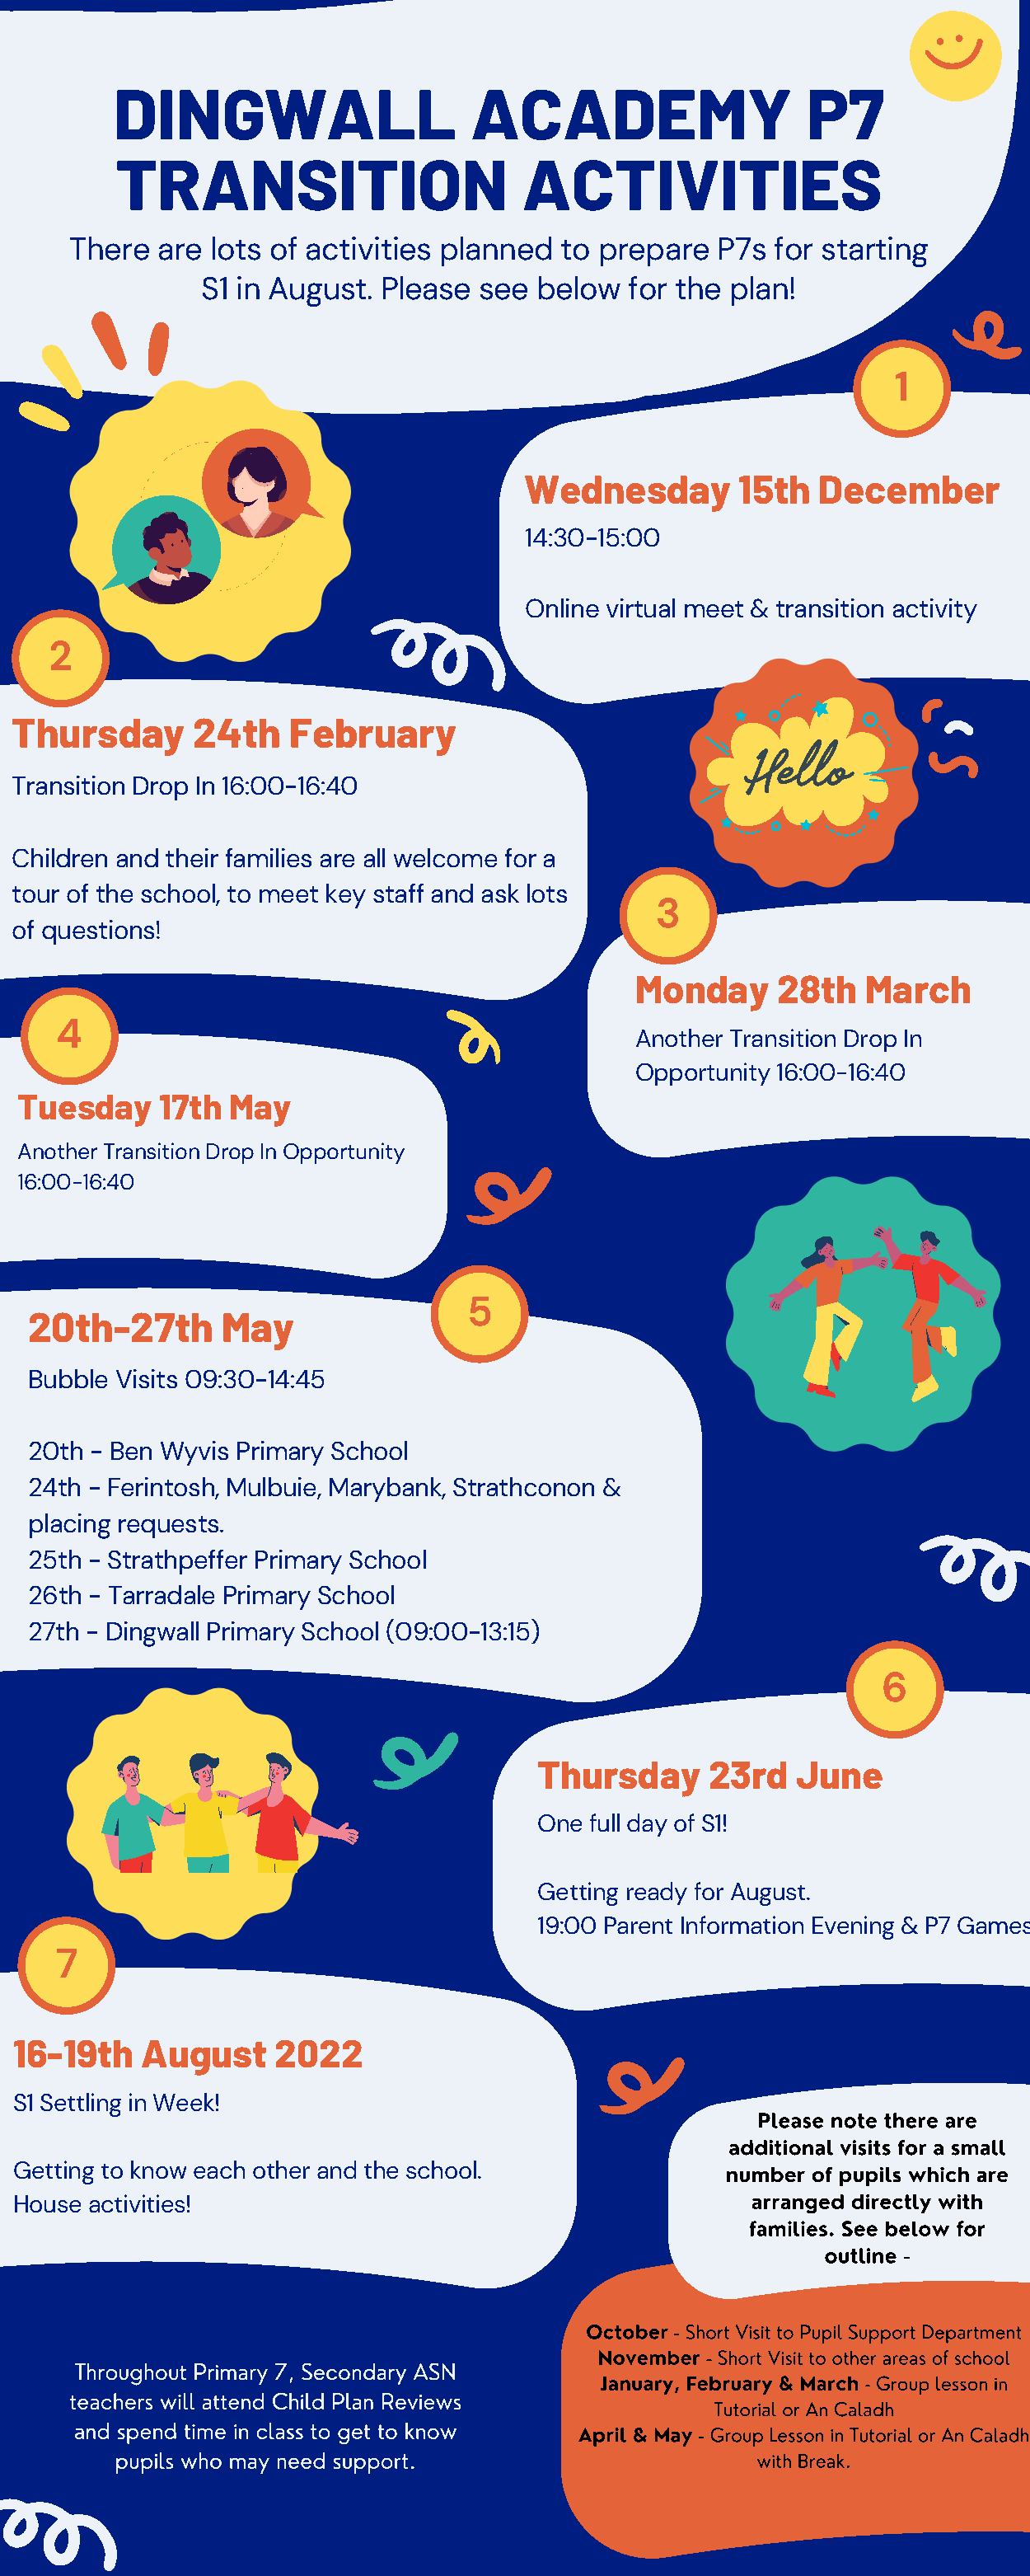
DINGWALL                     ACADEMY                    P7
 TRANSITION                       ACTIVITIES
 There  are lots of activities planned  to prepare   P7s for starting
 S1 in August.  Please see  below  for the  plan!
 1
 Wednesday        15th   December
 14:30-15:00
 Online virtual meet & transition activity
 2
 Thursday       24th   February
 Transition Drop In 16:00-16:40
 Children and their families are all welcome for a
 tour of the school, to meet key staff and ask lots
 3
 of questions!
 Monday     28th   March
 4
 Another Transition Drop In
 Opportunity 16:00-16:40
 Tuesday     17th May
 Another Transition Drop In Opportunity
 16:00-16:40
 5
 20th-27th       May
 Bubble Visits 09:30-14:45
 20th - Ben Wyvis Primary School
 24th - Ferintosh, Mulbuie, Marybank, Strathconon &
 placing requests.
 25th - Strathpeffer Primary School
 26th - Tarradale Primary School
 27th - Dingwall Primary School (09:00-13:15)
 6
 Thursday      23rd   June
 One full day of S1!
 Getting ready for August.
 19:00 Parent Information Evening & P7 Games
 7
 16-19th   August     2022
 S1 Settling in Week!
 Please note there are
 additional visits for a small
 Getting to know each other and the school.               number of pupils which are
 arranged directly with
 House activities!
 families. See below for
 outline -
 October - Short Visit to Pupil Support Department
 November - Short Visit to other areas of school
 Throughout Primary 7, Secondary ASN
 January, February & March - Group lesson in
 teachers will attend Child Plan Reviews
 Tutorial or An Caladh
 and spend time in class to get to know
 April & May - Group Lesson in Tutorial or An Caladh
 pupils who may need support.                        with Break.